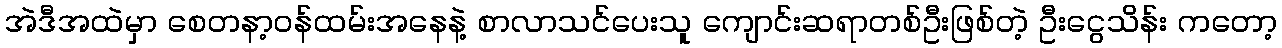
အဲဒီအထဲမှာ စေတနာ့ဝန်ထမ်းအနေနဲ့ စာလာသင်ပေးသူ ကျောင်းဆရာတစ်ဦးဖြစ်တဲ့ ဦးငွေသိန်း ကတော့